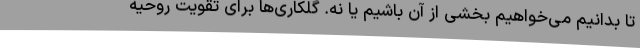
تا بدانیم می‌خواهیم بخشی از آن باشیم یا نه. گلکاری‌ها برای تقویت روحیه